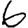
Digit: 6